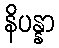
နိပန္နာ